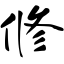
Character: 修